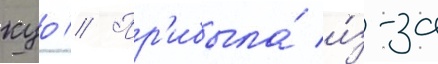
куо // Пр'ибыла́ и́з-за